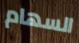
السهام